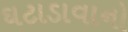
ઘટાડાવાનો